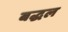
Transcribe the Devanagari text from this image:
बद्धल